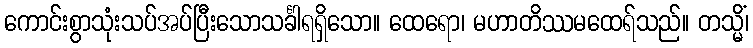
ကောင်းစွာသုံးသပ်အပ်ပြီးသောသင်္ခါရရှိသော။ ထေရော၊ မဟာတိဿမထေရ်သည်။ တသ္မိံ၊